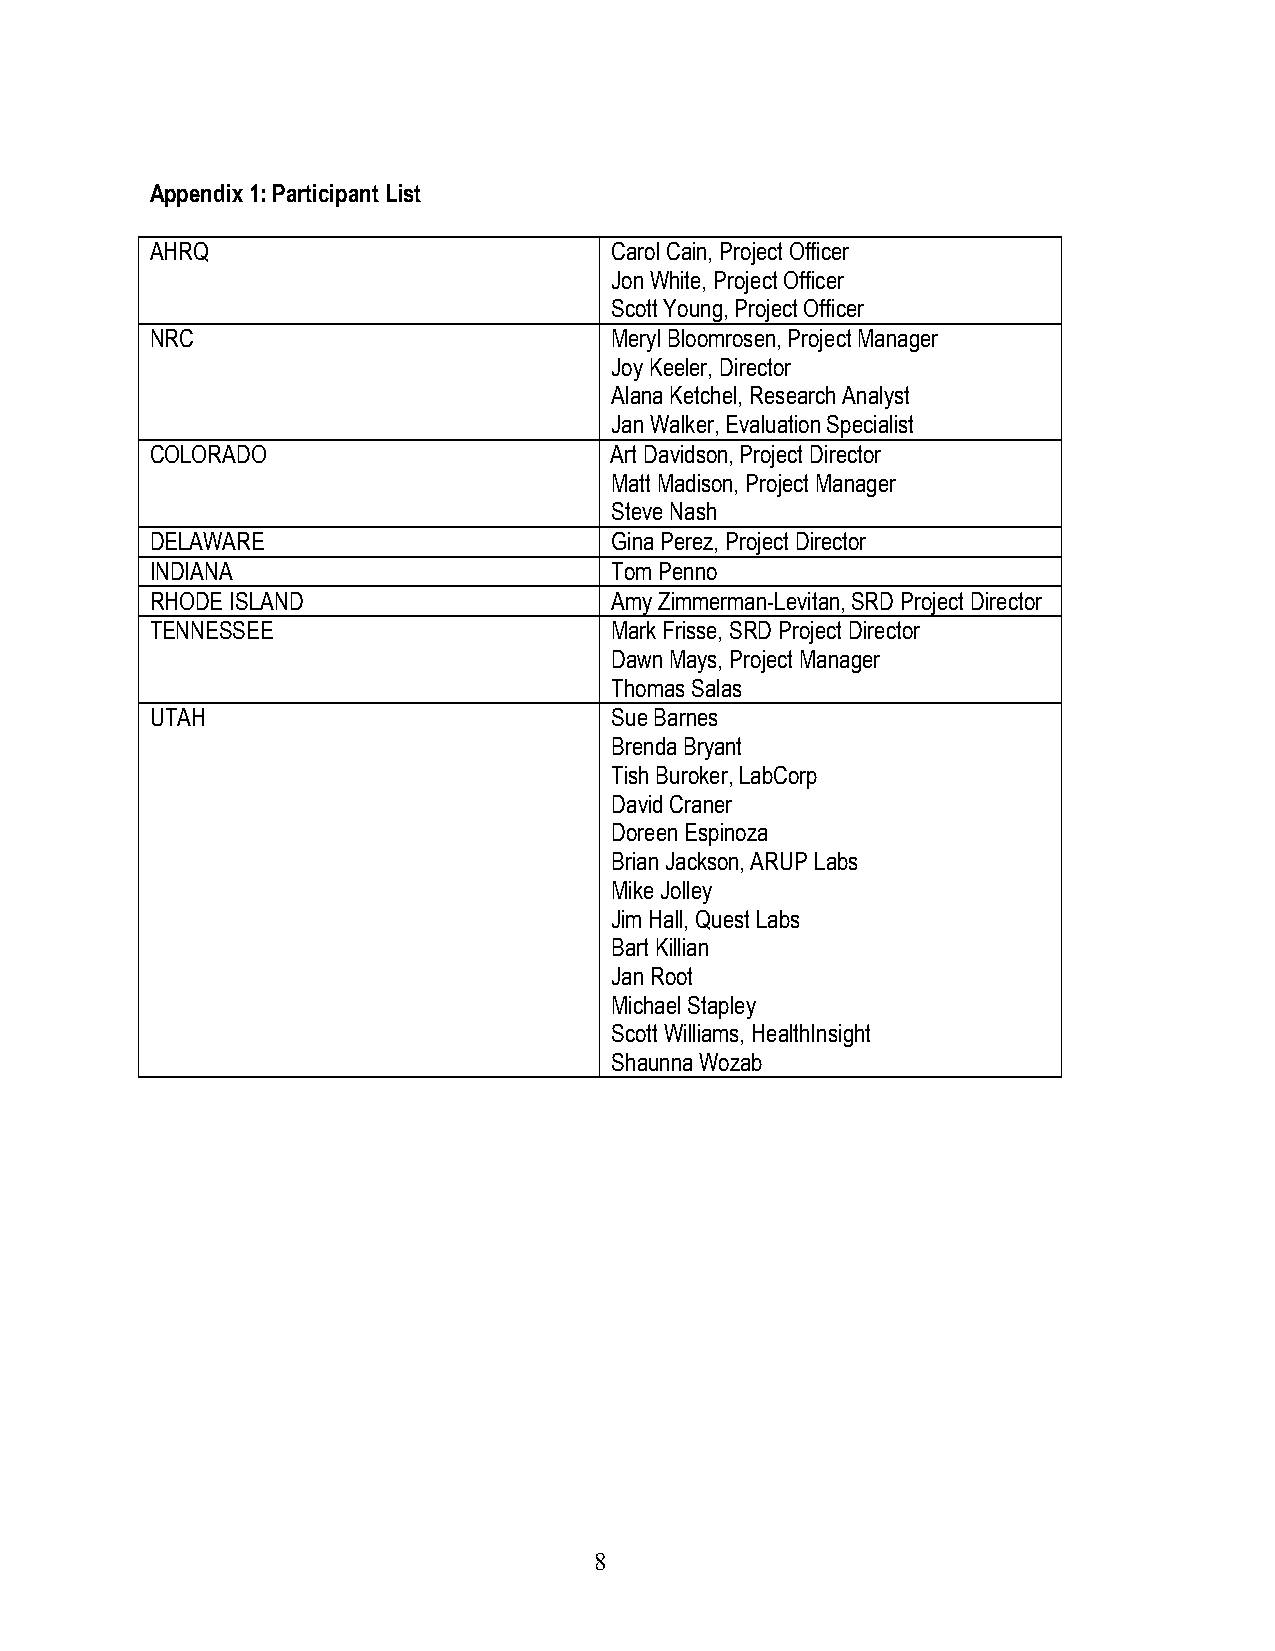
Appendix 1: Participant List
 AHRQ                          Carol Cain, Project Officer
 Jon White, Project Officer
 Scott Young, Project Officer
 NRC                           Meryl Bloomrosen, Project Manager
 Joy Keeler, Director
 Alana Ketchel, Research Analyst
 Jan Walker, Evaluation Specialist
 COLORADO                      Art Davidson, Project Director
 Matt Madison, Project Manager
 Steve Nash
 DELAWARE                      Gina Perez, Project Director
 INDIANA                       Tom Penno
 RHODE ISLAND                  Amy Zimmerman-Levitan, SRD Project Director
 TENNESSEE                     Mark Frisse, SRD Project Director
 Dawn Mays, Project Manager
 Thomas Salas
 UTAH                          Sue Barnes
 Brenda Bryant
 Tish Buroker, LabCorp
 David Craner
 Doreen Espinoza
 Brian Jackson, ARUP Labs
 Mike Jolley
 Jim Hall, Quest Labs
 Bart Killian
 Jan Root
 Michael Stapley
 Scott Williams, HealthInsight
 Shaunna Wozab
 8